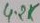
Text: 4.2K